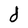
Character: d